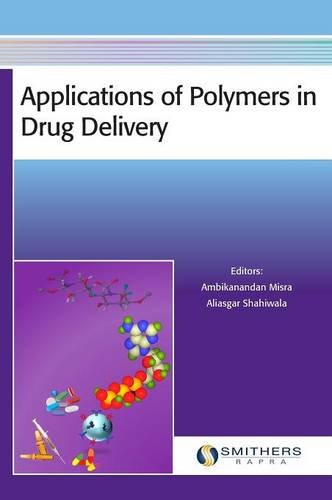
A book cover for Applications of Polymers in Drug Delivery; Medical Books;